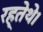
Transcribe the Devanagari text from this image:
रह्तेथे।